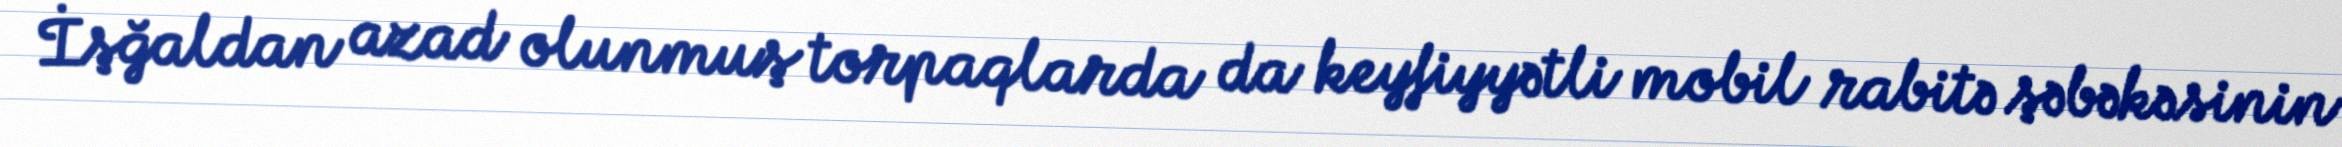
İşğaldan azad olunmuş torpaqlarda da keyfiyyətli mobil rabitə şəbəkəsinin